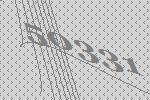
50331